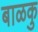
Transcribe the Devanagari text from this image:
बाळकु